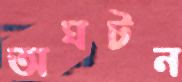
অঘটন